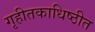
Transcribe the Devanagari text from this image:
गृहीतकाधिष्ठीत